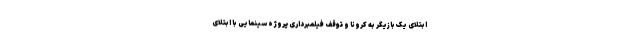
ابتلای یک بازیگر به کرونا و توقف فیلمبرداری پروژه سینمایی با ابتلای